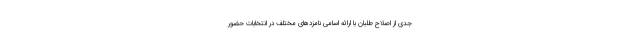
جدی از اصلاح طلبان با ارائه اسامی نامزدهای مختلف در انتخابات حضور